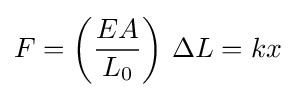
F=\left({\frac {EA}{L_{0}}}\right)\,\Delta L=kx